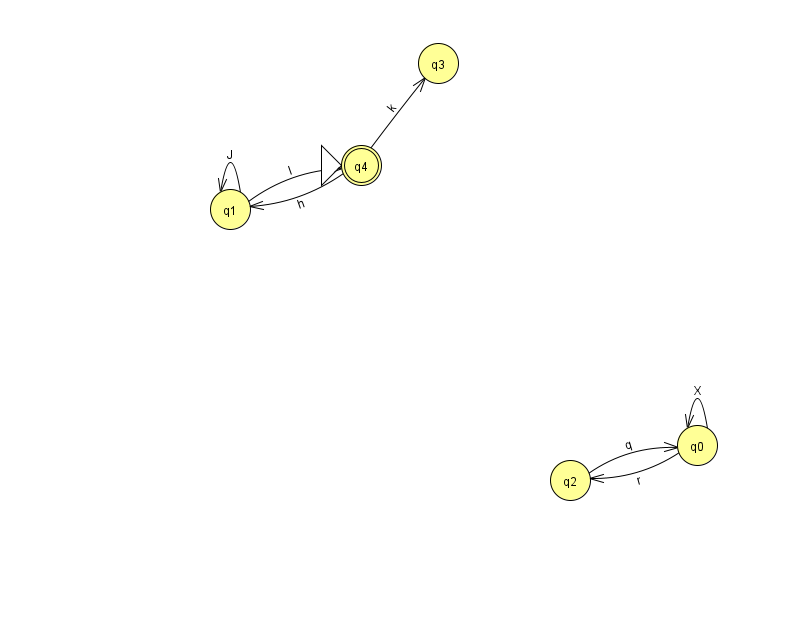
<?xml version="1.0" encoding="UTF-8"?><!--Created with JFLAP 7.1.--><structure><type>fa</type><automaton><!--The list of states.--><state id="0" name="q0"><x>697.0</x><y>432.0</y></state><state id="1" name="q1"><x>230.0</x><y>196.0</y></state><state id="2" name="q2"><x>570.0</x><y>467.0</y></state><state id="3" name="q3"><x>438.0</x><y>50.0</y></state><state id="4" name="q4"><x>361.0</x><y>152.0</y><initial/><final/></state><!--The list of transitions.--><transition><from>0</from><to>0</to><read>X</read></transition><transition><from>4</from><to>3</to><read>k</read></transition><transition><from>1</from><to>1</to><read>J</read></transition><transition><from>2</from><to>0</to><read>q</read></transition><transition><from>1</from><to>4</to><read>I</read></transition><transition><from>0</from><to>2</to><read>r</read></transition><transition><from>4</from><to>1</to><read>h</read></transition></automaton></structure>